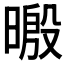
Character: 𣉥